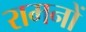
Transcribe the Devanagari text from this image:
रामनों